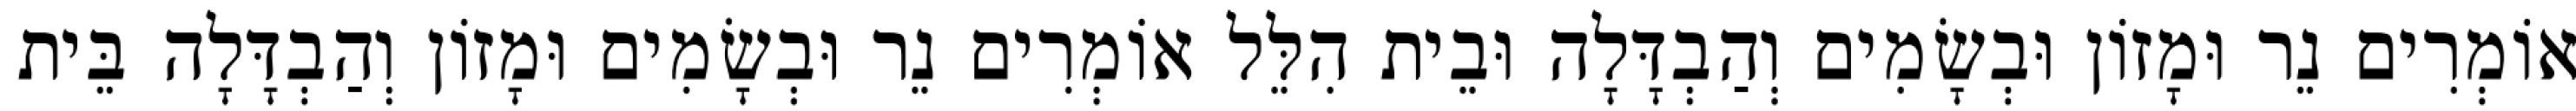
אוֹמְרִים נֵר וּמָזוֹן וּבְשָׂמִים וְהַבְדָּלָה וּבֵית הִלֵּל אוֹמְרִים נֵר וּבְשָׂמִים וּמָזוֹן וְהַבְדָּלָה בֵּית